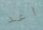
اعد